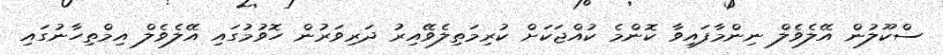
ސްކޫލުން އޭލެވެލް ނިންމާފައިވާ ކޮންމެ ކުއްޖަކަށް ކުރިމަތިލެވޭއިރު ދަރިވަރުން ހޮވުމުގައި އޭލެވެލް އިމްތިހާނުގައި